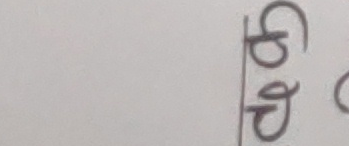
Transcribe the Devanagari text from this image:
छ छ